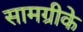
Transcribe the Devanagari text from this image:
सामग्रीके